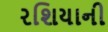
રશિયાની